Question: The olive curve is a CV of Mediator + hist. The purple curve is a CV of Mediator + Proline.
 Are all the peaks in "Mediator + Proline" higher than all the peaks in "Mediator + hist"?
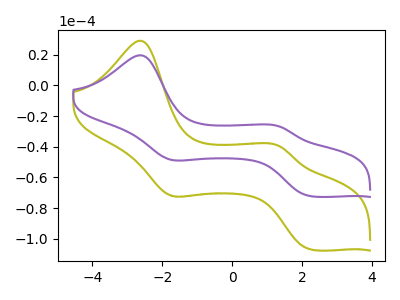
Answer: <think>The olive curve "Mediator + hist" has anodic peaks at (-2.60V, 29.25uA) (1.35V, -39.50uA) and cathodic peaks at (-1.75V, -71.70uA) (2.25V, -107.10uA). The purple curve "Mediator + Proline" has anodic peaks at (-2.60V, 19.75uA) (1.35V, -26.65uA) and cathodic peaks at (-1.75V, -48.40uA) (2.25V, -72.30uA).</think>
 <answer>The peaks in "Mediator + Proline" are neither all higher or all lower than the peaks in "Mediator + hist".</answer>
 <eval>mixed</eval>